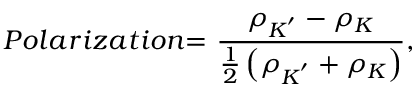
P o l a r i z a t i o n \mathrm { = \ } \frac { { \rho } _ { K ^ { ' } } - { \rho } _ { K } } { \frac { 1 } { 2 } \left( \rho _ { K ^ { ' } } + { \rho } _ { K } \right) } ,